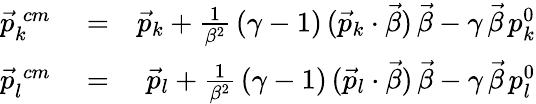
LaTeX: \begin{array}{rlr}{\vec{p}_{k}^{\; cm}}&{{}=}&{\vec{p}_{k}+\frac{1}{\beta^{2}}\, (\gamma-1)\, (\vec{p}_{k}\cdot\vec{\beta})\, \vec{\beta}-\gamma\, \vec{\beta}\, p_{k}^{0}}\\ {\vec{p}_{l}^{\; cm}}&{{}=}&{\vec{p}_{l}+\frac{1}{\beta^{2}}\, (\gamma-1)\, (\vec{p}_{l}\cdot\vec{\beta})\, \vec{\beta}-\gamma\, \vec{\beta}\, p_{l}^{0}}\end{array}